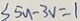
S 5 u - 3 V = 1